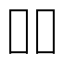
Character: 吅